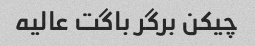
چیکن برگر باگت عالیه